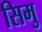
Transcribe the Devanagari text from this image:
सिमु